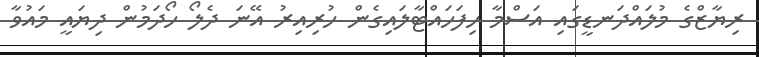
ރިޔާޒްގެ މުލައްދަނޑީގައި އަސްމާ ހިފަަހައްޓާލައިގެން ހުރިއިރު އޭނަ ދެލޯ ހޯދަމުން ދިޔައީ މައުވާ